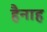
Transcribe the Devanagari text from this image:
हैनाह